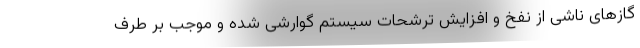
گازهای ناشی از نفخ و افزایش ترشحات سیستم گوارشی شده و موجب بر طرف